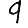
Digit: 9